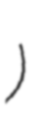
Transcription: शाह)